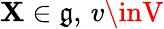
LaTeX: \mathbf{X}\in{\mathfrak{{g}}},\, v\inV